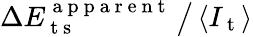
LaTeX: \Delta E_{\mathrm{~t~s~}}^{\mathrm{~a~p~p~a~r~e~n~t~}}\, \big/\, \langle I_{\mathrm{~t~}}\rangle